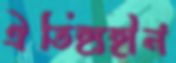
ঐতিহ্যহীন